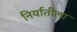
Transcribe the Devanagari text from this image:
निर्यातीला